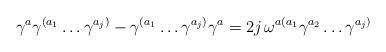
LaTeX: \begin{align*}\gamma^a\gamma^{(a_1}\ldots\gamma^{a_{j})}-\gamma^{(a_1}\ldots\gamma^{a_{j})}\gamma^a=2j\,\omega^{a(a_1}\gamma^{a_2}\ldots\gamma^{a_{j})}\end{align*}